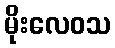
မိုးလေဝသ